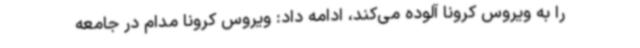
را به ویروس کرونا آلوده می‌کند، ادامه داد: ویروس کرونا مدام در جامعه